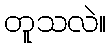
တူသလဲ။